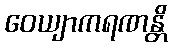
ဝေယျာကရဏန္တိ